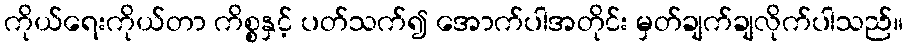
ကိုယ်ရေးကိုယ်တာ ကိစ္စနှင့် ပတ်သက်၍ အောက်ပါအတိုင်း မှတ်ချက်ချလိုက်ပါသည်။